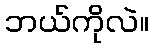
ဘယ်ကိုလဲ။